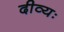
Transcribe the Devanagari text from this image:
दीव्यः